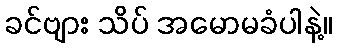
ခင်ဗျား သိပ် အမောမခံပါနဲ့။